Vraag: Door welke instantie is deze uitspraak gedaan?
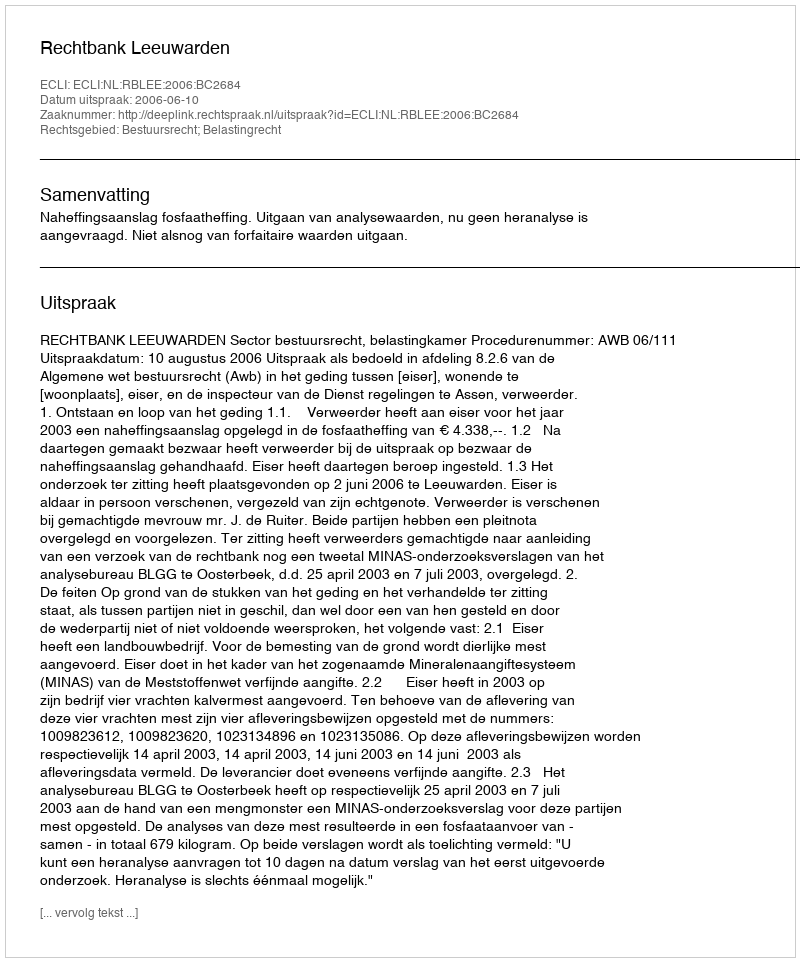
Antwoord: Rechtbank Leeuwarden